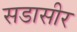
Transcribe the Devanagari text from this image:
सडासीर